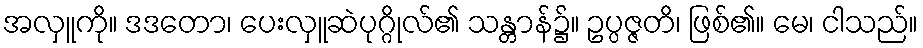
အလှူကို။ ဒဒတော၊ ပေးလှူဆဲပုဂ္ဂိုလ်၏ သန္တာန်၌။ ဥပ္ပဇ္ဇတိ၊ ဖြစ်၏။ မေ၊ ငါသည်။